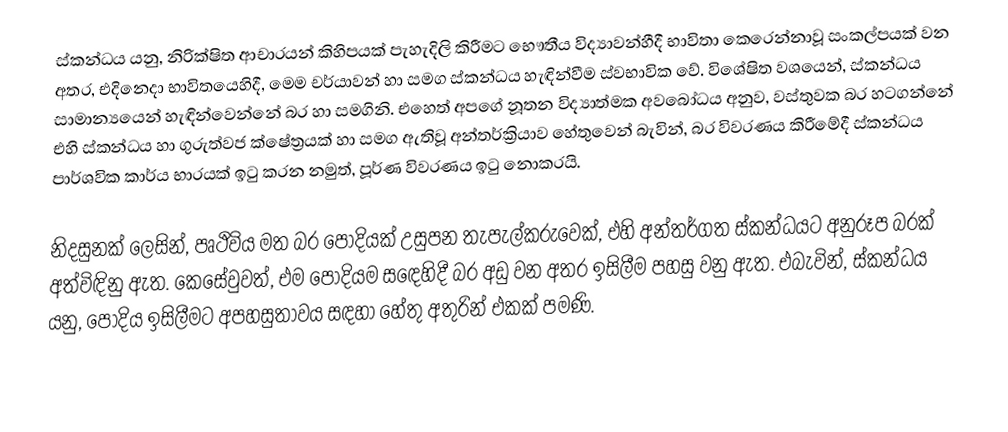
ස්කන්ධය යනු, නිරික්ෂිත ආචාරයන් කිහිපයක් පැහැදිලි කිරීමට භෞතීය විද්‍යාවන්හීදී භාවිතා කෙරෙන්නාවූ සංකල්පයක් වන අතර, එදිනෙදා භාවිතයෙහිදී, මෙම චර්යාවන් හා සමග ස්කන්ධය හැඳින්වීම ස්වභාවික වේ.  විශේෂිත වශයෙන්, ස්කන්ධය සාමාන්‍යයෙන් හැඳින්වෙන්නේ  බර හා සමගිනි.  එහෙත් අපගේ නූතන විද්‍යාත්මක අවබෝධය අනුව, වස්තුවක බර හටගන්නේ එහි ස්කන්ධය හා ගුරුත්වජ ක්ෂේත්‍රයක් හා සමග ඇතිවූ අන්තර්ක්‍රියාව හේතුවෙන් බැවින්, බර විවරණය  කිරීමේදී ස්කන්ධය පාර්ශවික කාර්ය භාරයක් ඉටු කරන නමුත්, පූර්ණ විවරණය ඉටු නොකරයි.

නිදසුනක් ලෙසින්, පෘථිවිය මත බර පොදියක් උසුපන  තැපැල්කරුවෙක්, එහි අන්තර්ගත ස්කන්ධය‍ට අනුරූප බරක් අත්විඳිනු ඇත.  කෙසේවුවත්, එම පොදියම ස‍‍ඳෙහිදී බර අඩු වන අතර ඉසිලීම පහසු වනු ඇත.  එබැවින්, ස්කන්ධය යනු,  පොදිය ඉසිලීමට අපහසුතාවය සඳහා හේතු අතුරින් එකක් පමණි.